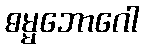
ဓမ္မဘောဂေါ